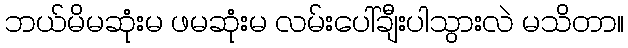
ဘယ်မိမဆုံးမ ဖမဆုံးမ လမ်းပေါ်ချီးပါသွားလဲ မသိတာ။